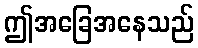
ဤအခြေအနေသည်